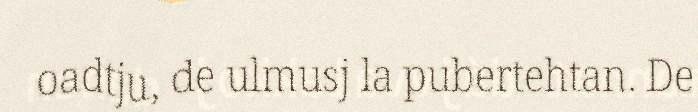
oadtju, de ulmusj la pubertehtan. De